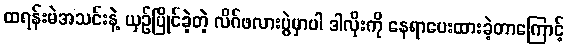
ထရန်းမဲအသင်းနဲ့ ယှဥ်ပြိုင်ခဲ့တဲ့ လိဂ်ဖလားပွဲမှာပါ ဒါလိုးကို နေရာပေးထားခဲ့တာကြောင့်